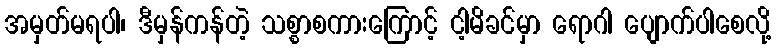
အမှတ်မရပါ၊ ဒီမှန်ကန်တဲ့ သစ္စာစကားကြောင့် ငါ့မိခင်မှာ ရောဂါ ပျောက်ပါစေလို့